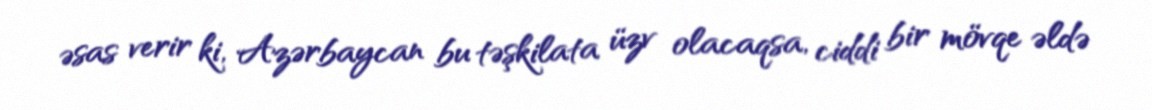
əsas verir ki, Azərbaycan bu təşkilata üzv olacaqsa, ciddi bir mövqe əldə